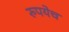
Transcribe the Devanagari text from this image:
रुपयेच